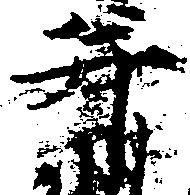
并